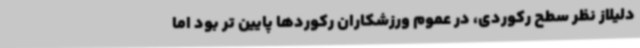
دلیلاز نظر سطح رکوردی، در عموم ورزشکاران رکوردها پایین تر بود اما